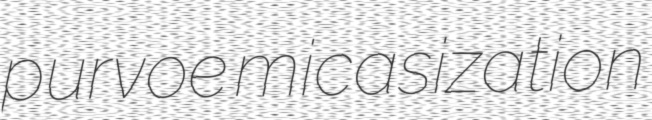
purvoe micasization